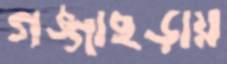
গঙ্গাছড়ায়